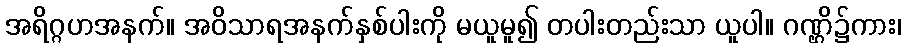
အရိဂ္ဂဟအနက်။ အဝိသာရအနက်နှစ်ပါးကို မယူမူ၍ တပါးတည်းသာ ယူပါ။ ဂဏ္ဌိ၌ကား၊